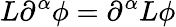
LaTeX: L\partial^{\alpha}\phi=\partial^{\alpha}L\phi